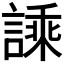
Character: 𧪝